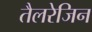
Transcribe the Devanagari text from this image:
तैलरेजिन